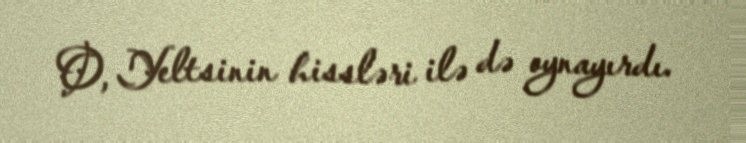
O, Yeltsinin hissləri ilə də oynayırdı.